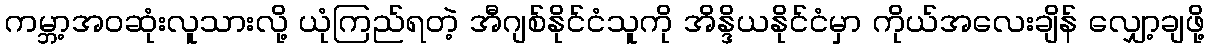
ကမ္ဘာ့အဝဆုံးလူသားလို့ ယုံကြည်ရတဲ့ အီဂျစ်နိုင်ငံသူကို အိန္ဒိယနိုင်ငံမှာ ကိုယ်အလေးချိန် လျှော့ချဖို့